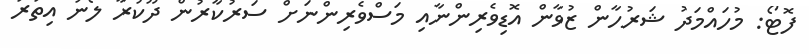
ފޮޓޯ: މުހައްމަދު ޝަރުހާން ޒުވާން އޮޑިވެރިންނާއި މަސްވެރިންނަށް ސަރުކާރުން ދޫކުރާ ލޯނު އިތުރު